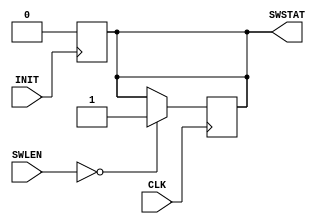
`timescale 1ns / 1ps
//////////////////////////////////////////////////////////////////////////////////
// Company: 
// Engineer: 
// 
// Design Name: 
// Module Name: service_window
// Project Name: 
// Target Devices: 
// Tool Versions: 
// Description: 
// 
// Dependencies: 
// 
// Revision:
// Revision 0.01 - File Created
// Additional Comments:
// 
//////////////////////////////////////////////////////////////////////////////////

module service_window(
		input CLK,INIT,
		input [15:0] SWLEN,
		output reg SWSTAT);
reg [15:0] q;
		 
initial begin 
q=0;
SWSTAT=1;
end

always @ (negedge INIT)
begin
	if(INIT==0)
		begin
		SWSTAT=0;
		q=0;
		end
end

always @ (posedge CLK)
begin		
	if(q==SWLEN) 
		begin
		SWSTAT=1;
		q=0;
		end
		
	else if(SWSTAT==0)
	begin
	   q=q+1;
	end
	   
	else
	begin
	   q=q;
	end   
end

endmodule